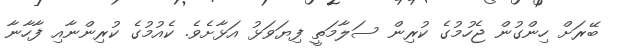
ބޭރަށް ހިންގުން ޖެހުމުގެ ކުރިން ސަލާމަތީ ފިޔަވަޅު އަޅާށެވެ. ކެއުމުގެ ކުރިންނާއި ފާހާނާ